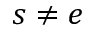
s \neq e